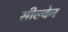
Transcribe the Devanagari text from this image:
सील्वेन